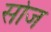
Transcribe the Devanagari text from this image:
सोज